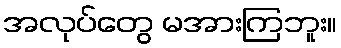
အလုပ်တွေ မအားကြဘူး။